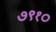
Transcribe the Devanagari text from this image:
७९१०